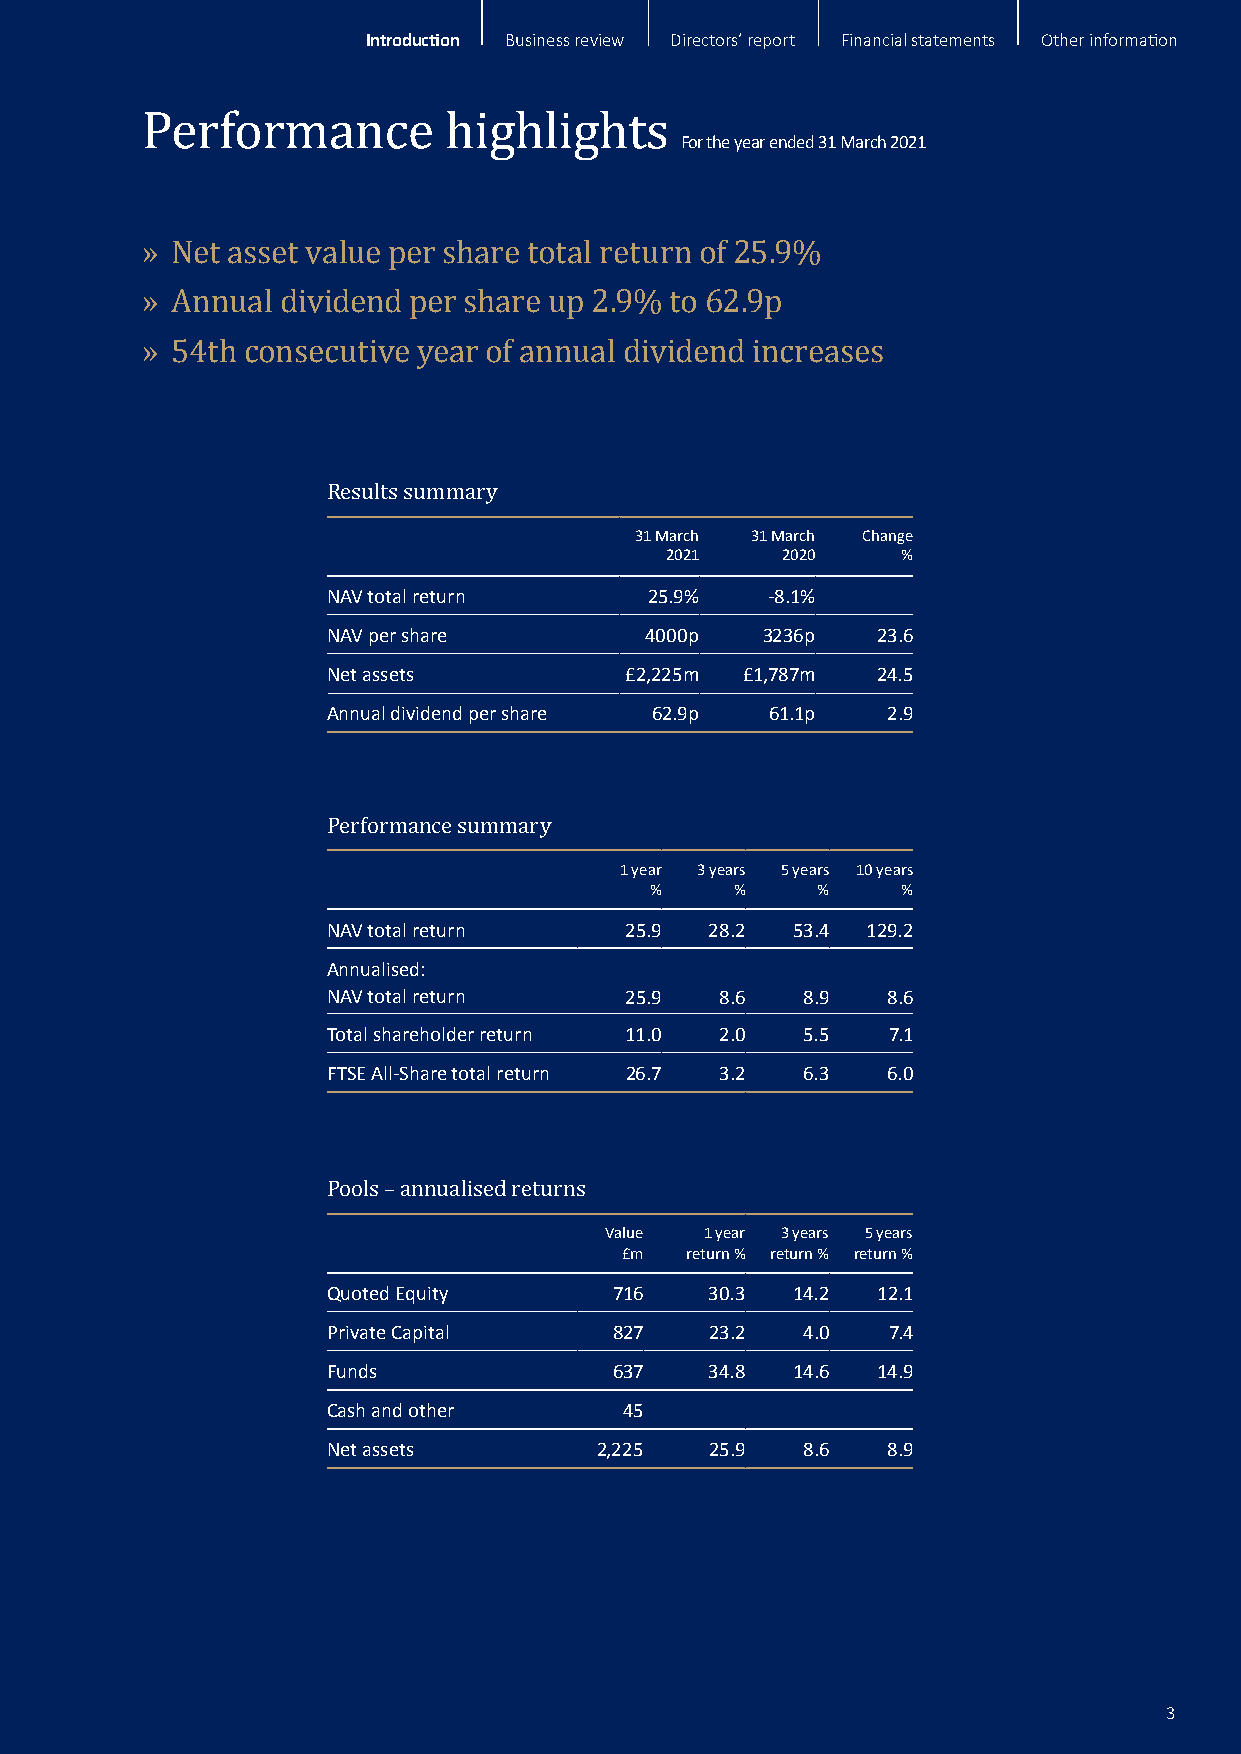
Introduction Business review Directors’ report Financial statements Other information
 For the year ended 31 March 2021
 Performance         highlights
 » Net asset value per share total return of 25.9%
 » Annual dividend per share up 2.9% to 62.9p
 » 54th consecutive year of annual dividend increases
 Results summary     31 March 31 March Change
 2021    2020    %
 NAV total return     25.9%   -8.1%
 NAV per share        4000p  3236p   23.6
 Net assets         £2,225m £1,787m  24.5
 Annual dividend per share 62.9p 61.1p 2.9
 Performance summary 1 year 3 years 5 years 10 years
 %     %    %     %
 NAV total return   25.9  28.2 53.4 129.2
 Annualised:
 NAV total return   25.9   8.6  8.9   8.6
 Total shareholder return 11.0 2.0 5.5 7.1
 FTSE All-Share total return 26.7 3.2 6.3 6.0
 Pools – annualised returns Value 1 year 3 years 5 years
 £m  return % return % return %
 Quoted Equity      716   30.3 14.2  12.1
 Private Capital    827   23.2  4.0   7.4
 Funds              637   34.8 14.6  14.9
 Cash and other     45
 Net assets       2,225   25.9  8.6   8.9
 3